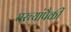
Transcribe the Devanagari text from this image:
घरच्यांपैकी